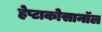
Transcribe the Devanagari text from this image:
हेप्टाकोसानॉल